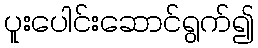
ပူးပေါင်းဆောင်ရွက်၍